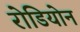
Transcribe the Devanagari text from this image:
रोडियोन